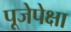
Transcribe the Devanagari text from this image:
पूजेपेक्षा